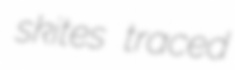
skites traced